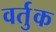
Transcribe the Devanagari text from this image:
वर्तुक